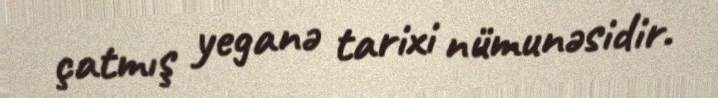
çatmış yeganə tarixi nümunəsidir.